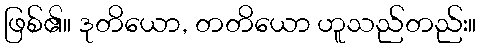
ဖြစ်၏။ ဒုတိယော, တတိယော ဟူသည်တည်း။